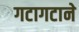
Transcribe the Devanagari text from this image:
गटागटाने